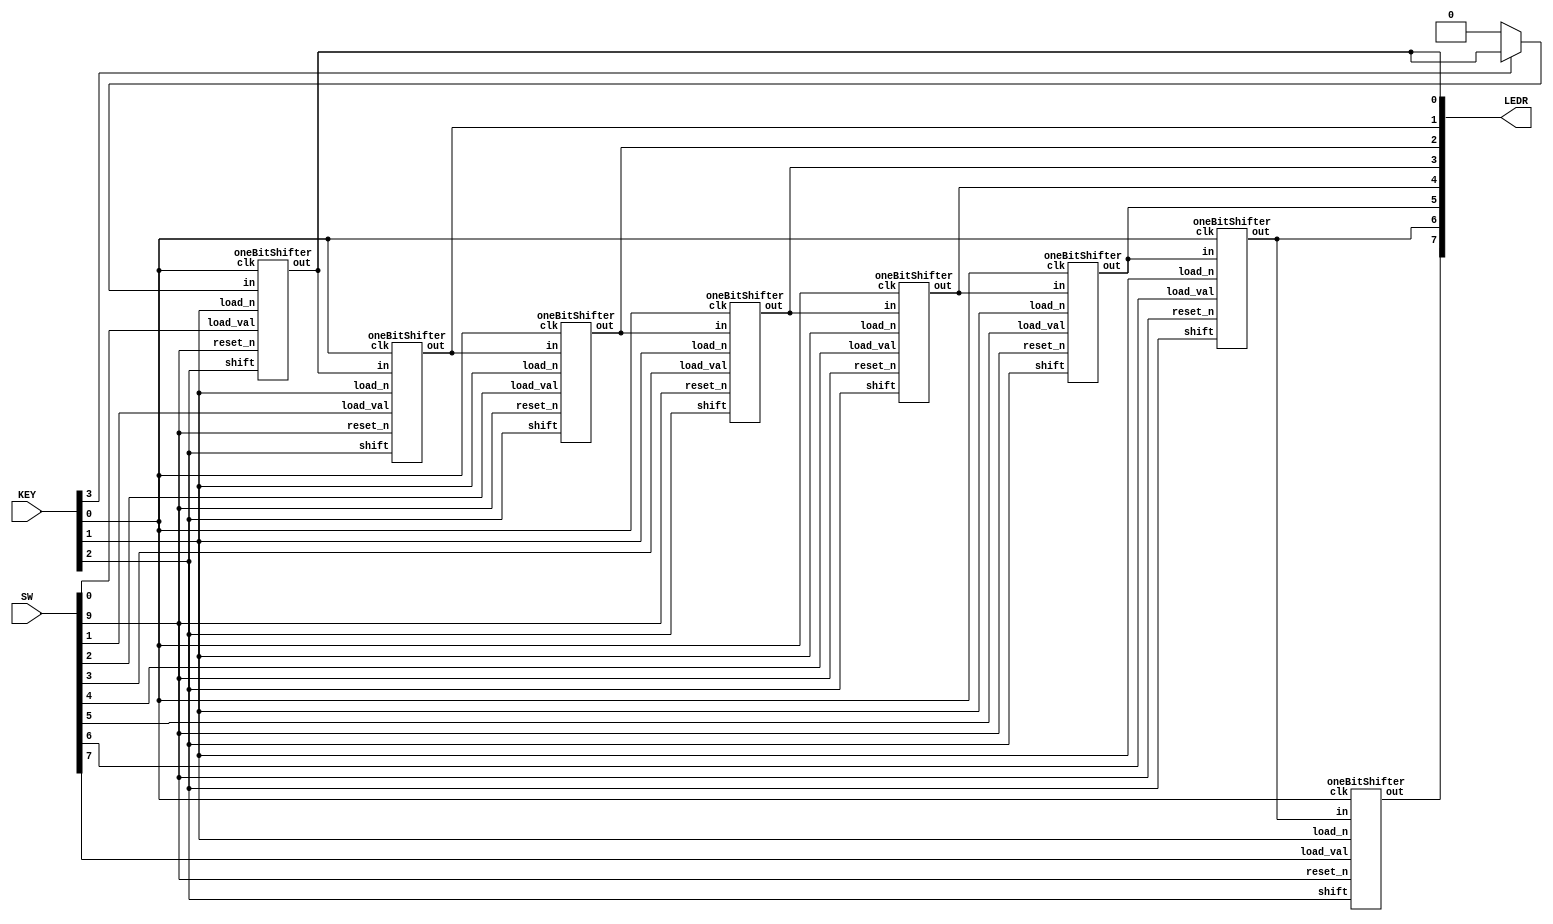
module shifter(SW, LEDR, KEY);
	input[9:0] SW;
	input[3:0] KEY;
	output[7:0] LEDR;
	
	reg leftMost;
	always @(KEY[3])
	begin
		if (KEY[3] == 0)
			leftMost <= 0;
		else
			leftMost <= LEDR[0];
	end

	oneBitShifter s0(
		.load_val(SW[0]),
		.in(leftMost),
		.shift(KEY[2]),
		.load_n(KEY[1]),
		.clk(KEY[0]),
		.reset_n(SW[9]),
		.out(LEDR[0])
	);
	oneBitShifter s1(
		.load_val(SW[1]),
		.in(LEDR[0]),
		.shift(KEY[2]),
		.load_n(KEY[1]),
		.clk(KEY[0]),
		.reset_n(SW[9]),
		.out(LEDR[1])
	);
	oneBitShifter s2(
		.load_val(SW[2]),
		.in(LEDR[1]),
		.shift(KEY[2]),
		.load_n(KEY[1]),
		.clk(KEY[0]),
		.reset_n(SW[9]),
		.out(LEDR[2])
	);
	oneBitShifter s3(
		.load_val(SW[3]),
		.in(LEDR[2]),
		.shift(KEY[2]),
		.load_n(KEY[1]),
		.clk(KEY[0]),
		.reset_n(SW[9]),
		.out(LEDR[3])
	);
	oneBitShifter s4(
		.load_val(SW[4]),
		.in(LEDR[3]),
		.shift(KEY[2]),
		.load_n(KEY[1]),
		.clk(KEY[0]),
		.reset_n(SW[9]),
		.out(LEDR[4])
	);
	oneBitShifter s5(
		.load_val(SW[5]),
		.in(LEDR[4]),
		.shift(KEY[2]),
		.load_n(KEY[1]),
		.clk(KEY[0]),
		.reset_n(SW[9]),
		.out(LEDR[5])
	);
	oneBitShifter s6(
		.load_val(SW[6]),
		.in(LEDR[5]),
		.shift(KEY[2]),
		.load_n(KEY[1]),
		.clk(KEY[0]),
		.reset_n(SW[9]),
		.out(LEDR[6])
	);
	oneBitShifter s7(
		.load_val(SW[7]),
		.in(LEDR[6]),
		.shift(KEY[2]),
		.load_n(KEY[1]),
		.clk(KEY[0]),
		.reset_n(SW[9]),
		.out(LEDR[7])
	);

endmodule

module oneBitShifter(load_val, in, shift, load_n, clk, reset_n, out);
	input load_val, in, shift, load_n, clk, reset_n;
	output wire out;
	wire mux0to1;
	wire mux1tofl;
	mux2to1 mux0(.x(out), .y(in), .s(shift), .m(mux0to1));
	mux2to1 mux1(.x(load_val), .y(mux0to1), .s(load_n), .m(mux1tofl));
	flipflop fl(.d(mux1tofl), .clock(clk), .reset_n(reset_n), .q(out));
endmodule

module flipflop(d, clock, reset_n, q);
	input d;
	input clock;
	input reset_n;
	
	output reg q;

	always @(posedge clock) // Triggered every time clock rises
				// Note that clock is not a keyword
	begin
		if(reset_n == 1'b0) // When reset n is 0
				// Note this is tested on every rising
				// clock edge
			q <= 0; // Set q to 0
				// Note that the assignment uses <=
				// instead of =
		else		// When reset_n is not 0
			q <= d; //Store the value of d in q
	end
endmodule

module mux2to1(x, y, s, m);
	input x; //selected when s is 0
	input y; //selected when s is 1
	input s; // select signal
	output m; // output

	assign m = s & y | ~s & x;
endmodule